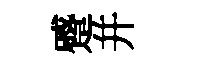
蹙并